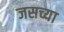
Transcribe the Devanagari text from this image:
जसच्या